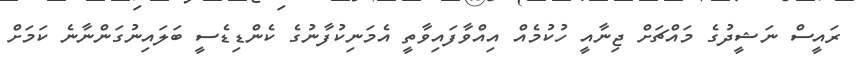
ރައީސް ނަޝީދުގެ މައްޗަށް ޖިނާއީ ހުކުމެއް އިއްވާފައިވާތީ އެމަނިކުފާނުގެ ކެންޑިޑެސީ ބަލައިނުގަންނާނެ ކަމަށް